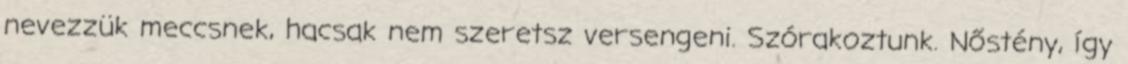
nevezzük meccsnek, hacsak nem szeretsz versengeni. Szórakoztunk. Nőstény, így